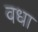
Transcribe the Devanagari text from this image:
वधा